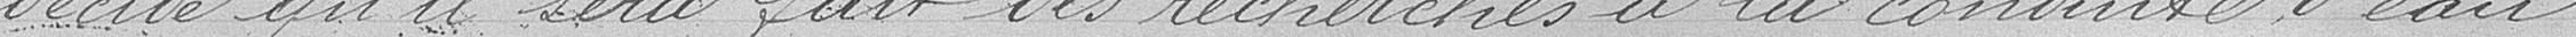
décide qu'il sera fait des recherche à la conduite d'eau